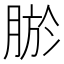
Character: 𮌠